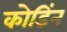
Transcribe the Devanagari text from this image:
कोडिंन